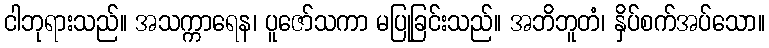
ငါဘုရားသည်။ အသက္ကာရေန၊ ပူဇော်သကာ မပြုခြင်းသည်။ အဘိဘူတံ၊ နှိပ်စက်အပ်သော။